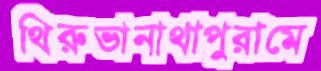
থিরুভানাথাপুরামে